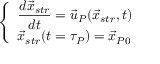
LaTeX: \left\{ \begin{array} { l l } { \displaystyle { \frac { d { \vec { x } } _ { s t r } } { d t } } = { \vec { u } } _ { P } ( { \vec { x } } _ { s t r } , t ) } \\ { { \vec { x } } _ { s t r } ( t = \tau _ { P } ) = { \vec { x } } _ { P 0 } } \end{array} \right.